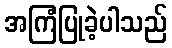
အကြံပြုခဲ့ပါသည်